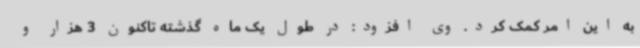
به این امر کمک کرد. وی افزود: در طول یک ماه گذشته تاکنون 3 هزار و